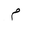
Letter: _mim